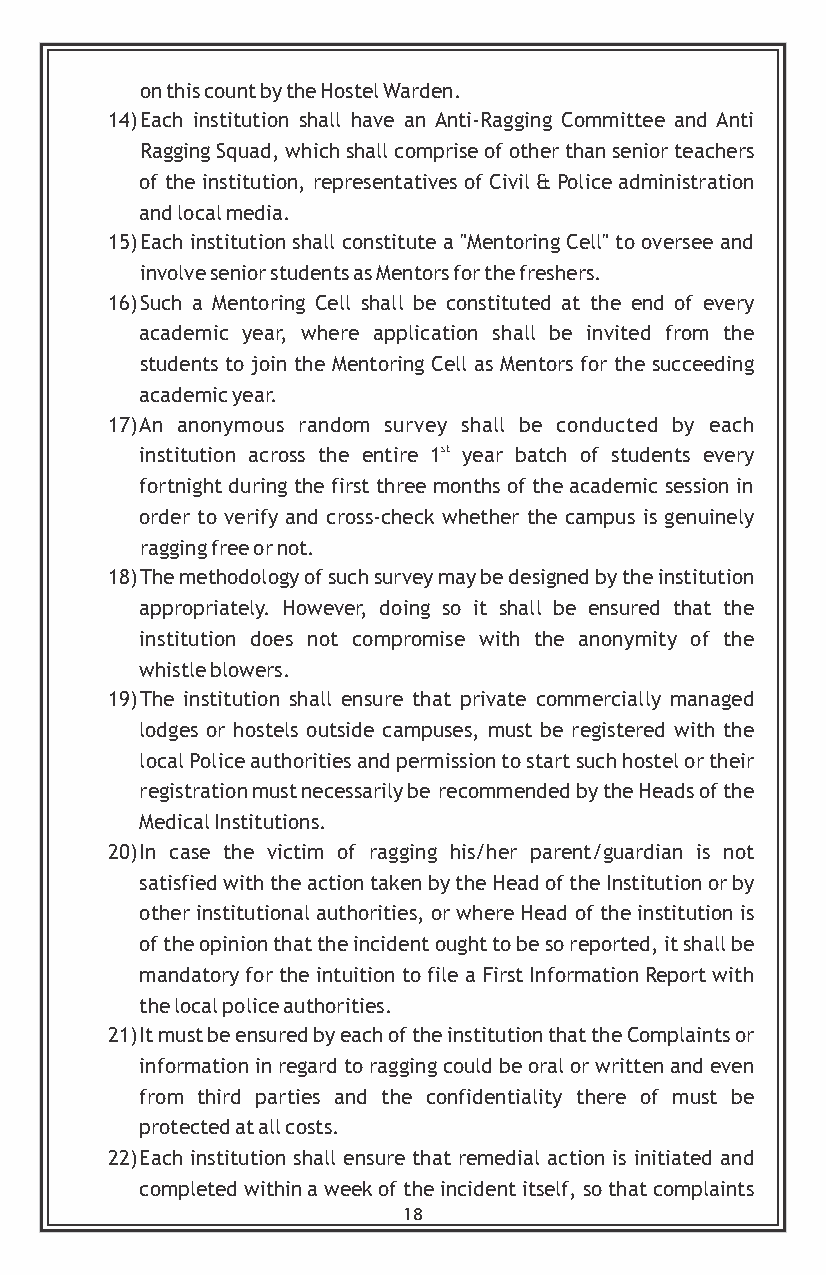
on this count by the Hostel Warden.
 14) Each institution shall have an Anti-Ragging Committee and Anti
 Ragging Squad, which shall comprise of other than senior teachers
 of the institution, representatives of Civil & Police administration
 and local media.
 15) Each institution shall constitute a "Mentoring Cell" to oversee and
 involve senior students as Mentors for the freshers.
 16) Such a Mentoring Cell shall be constituted at the end of every
 academic year, where application shall be invited from the
 students to join the Mentoring Cell as Mentors for the succeeding
 academic year.
 17) An anonymous random survey shall be conducted by each
 institution across the entire 1st year batch of students every
 fortnight during the first three months of the academic session in
 order to verify and cross-check whether the campus is genuinely
 ragging free or not.
 18) The methodology of such survey may be designed by the institution
 appropriately. However, doing so it shall be ensured that the
 institution does not compromise with the anonymity of the
 whistle blowers.
 19) The institution shall ensure that private commercially managed
 lodges or hostels outside campuses, must be registered with the
 local Police authorities and permission to start such hostel or their
 registration must necessarily be recommended by the Heads of the
 Medical Institutions.
 20) In case the victim of ragging his/her parent/guardian is not
 satisfied with the action taken by the Head of the Institution or by
 other institutional authorities, or where Head of the institution is
 of the opinion that the incident ought to be so reported, it shall be
 mandatory for the intuition to file a First Information Report with
 the local police authorities.
 21) It must be ensured by each of the institution that the Complaints or
 information in regard to ragging could be oral or written and even
 from third parties and the confidentiality there of must be
 protected at all costs.
 22) Each institution shall ensure that remedial action is initiated and
 completed within a week of the incident itself, so that complaints
 18